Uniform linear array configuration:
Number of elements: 48
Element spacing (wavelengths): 1
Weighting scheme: cosine
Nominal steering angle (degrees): -45
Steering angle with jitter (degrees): -43.306
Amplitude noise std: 0.05
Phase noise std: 0.05

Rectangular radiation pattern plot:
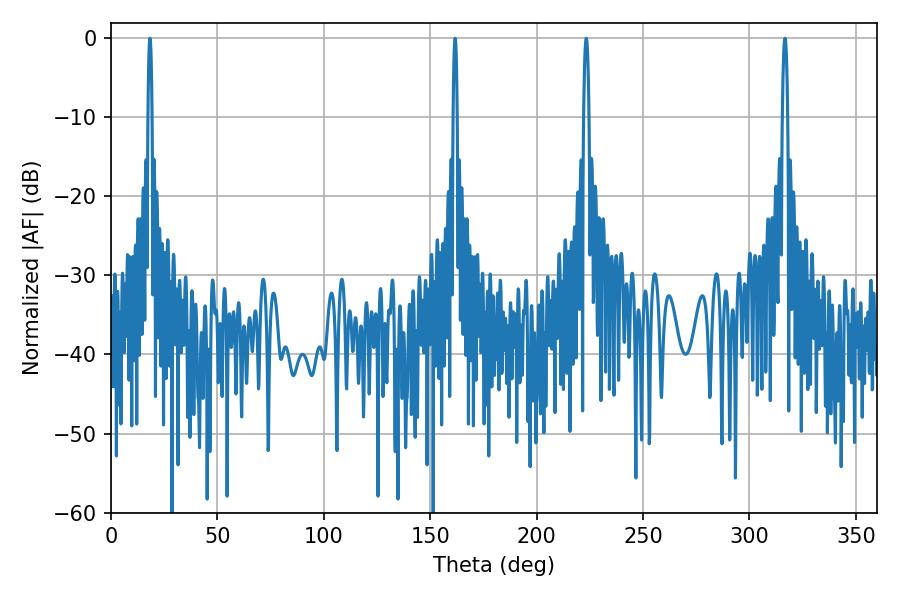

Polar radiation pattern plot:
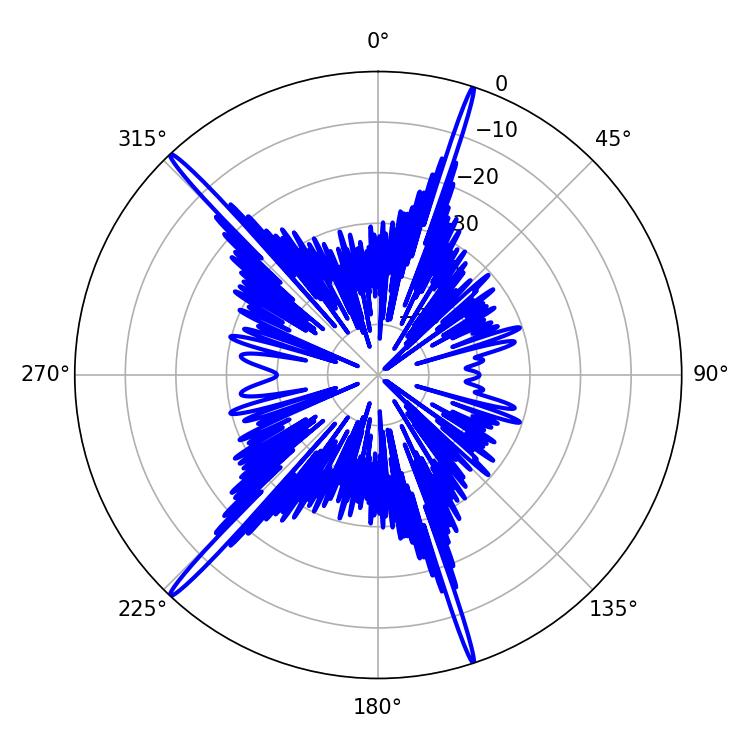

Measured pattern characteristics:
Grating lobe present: TRUE
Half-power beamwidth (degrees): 1.26
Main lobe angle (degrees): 316.62